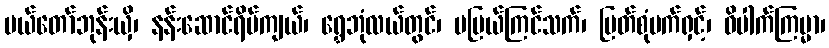
မယ်တော်ဘုန်းယှိ၊ နန်းဆောင်ရိပ်ကျယ်၊ ရွှေဘုံလယ်တွင်၊ မပြယ်ကြင်သက်၊ မြတ်စုံမက်ရှင့်၊ ဝိပါက်ကြမ္မာ၊